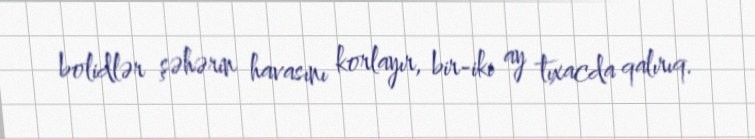
bolidlər şəhərin havasını korlayır, bir-iki ay tıxacda qalırıq.